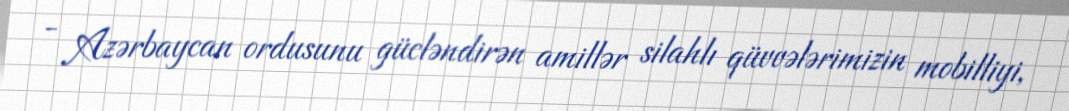
- Azərbaycan ordusunu gücləndirən amillər silahlı qüvvələrimizin mobilliyi,